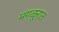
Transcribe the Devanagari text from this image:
मंगळूरात